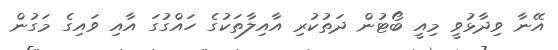
އޭނާ ވިދާޅުވީ މިއީ ބޯޓުން ދަތުކުރި އާއިލާތަކުގެ ހައްގުގަ އާއި ވައިގެ މަގުން